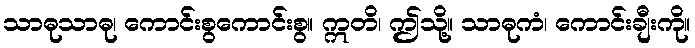
သာဓုသာဓု၊ ကောင်းစွကောင်းစွ။ ဣတိ၊ ဤသို့။ သာဓုကံ၊ ကောင်းချီးကို။